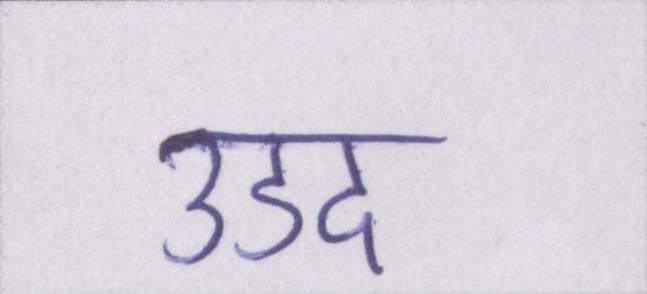
उडद